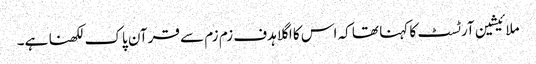
ملائیشین آرٹسٹ کا کہنا تھا کہ اس کا اگلا ہدف زم زم سے قرآن پاک لکھنا ہے۔